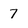
Character: 7